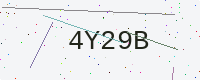
Text: 4Y29B